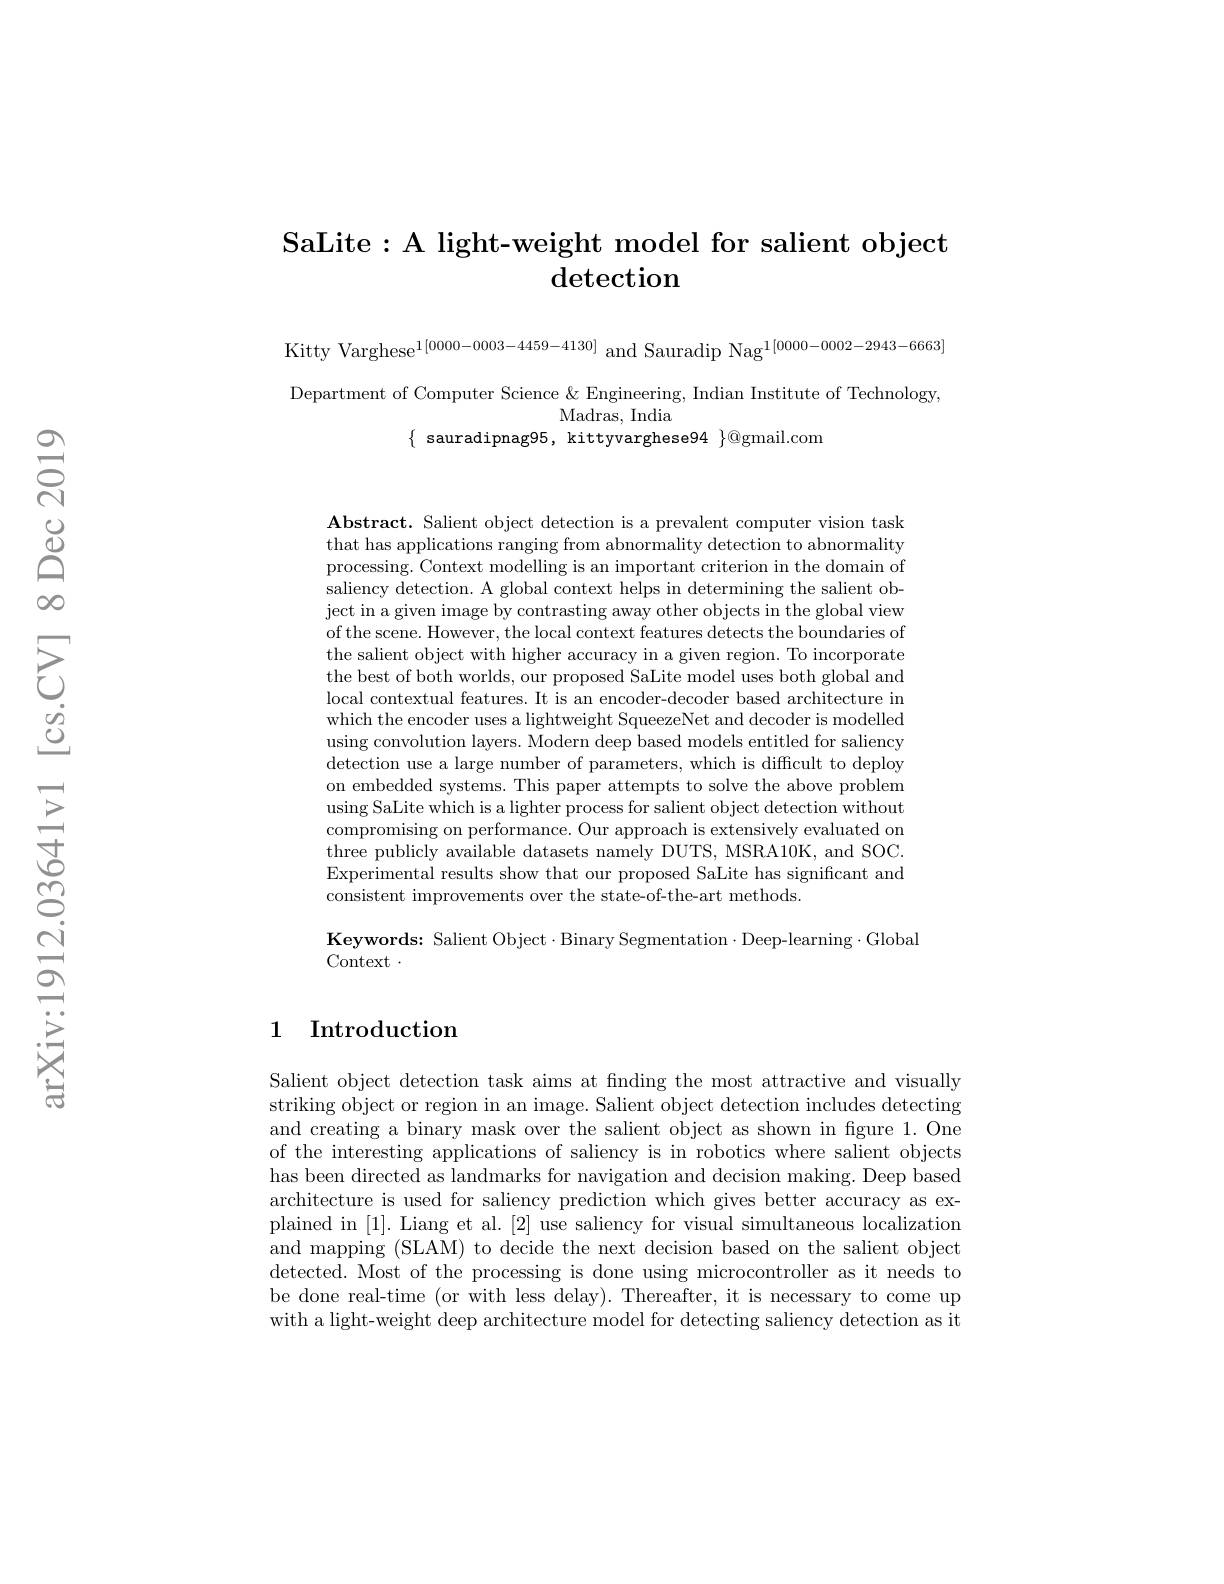
# SaLite:A light-weight model for salient object detection

Kitty Varghese$^1[00000-0003-4459-4130]$ and Sauradip Nag$^{1[0000-0002-2943-6663]}$

Department of Computer Science & Engineering, Indian Institute of Technology,
Madras, India
$\{$ sauradipnag95, kittyvarghese94 $\}@$gmail.com

$\mathbf{Abstract.~Salient~object~detection~is~a~prevalent~computer~vision~task}$ that has applications ranging from abnormality detection to abnormality processing. Context modelling is an important criterion in the domain of saliency detection. A global context helps in determining the salient object in a given image by contrasting away other objects in the global view of the scene. However, the local context features detects the boundaries of the salient object with higher accuracy in a given region. To incorporate the best of both worlds, our proposed SaLite model uses both global and local contextual features. It is an encoder-decoder based architecture in which the encoder uses a lightweight SqueezeNet and decoder is modelled using convolution layers. Modern deep based models entitled for saliency detection use a large number of parameters, which is difficult to deploy on embedded systems. This paper attempts to solve the above problem using SaLite which is a lighter process for salient object detection without compromising on performance. Our approach is extensively evaluated on three publicly available datasets namely DUTS, MSRA10K, and SOC. Experimental results show that our proposed SaLite has significant and consistent improvements over the state-of-the-art methods.

Keywords: Salient Object·Binary Segmentation·Deep-learning·Global
Context .

## 1 Introduction

Salient object detection task aims at finding the most attractive and visually striking object or region in an image. Salient object detection includes detecting and creating a binary mask over the salient object as shown in figure 1.One of the interesting applications of saliency is in robotics where salient objects has been directed as landmarks for navigation and decision making. Deep based architecture is used for saliency prediction which gives better accuracy as explained in [1]. Liang et al. [2] use saliency for visual simultaneous localization and mapping (SLAM) to decide the next decision based on the salient object detected. Most of the processing is done using microcontroller as it needs to be done real-time (or with less delay). Thereafter, it is necessary to come up with a light-weight deep architecture model for detecting saliency detection as it